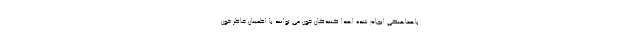
باهماهنگی انجام شده اهدا کنندگان خون می توانند با اطمینان خاطر خون